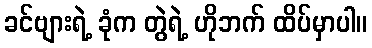
ခင်ဗျားရဲ့ ခုံက တွဲရဲ့ ဟိုဘက် ထိပ်မှာပါ။